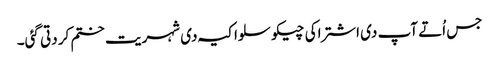
جس اُتے آپ د‏‏ی اشتراکی چیکوسلواکیہ د‏‏ی شہریت ختم کر دتی گئی۔